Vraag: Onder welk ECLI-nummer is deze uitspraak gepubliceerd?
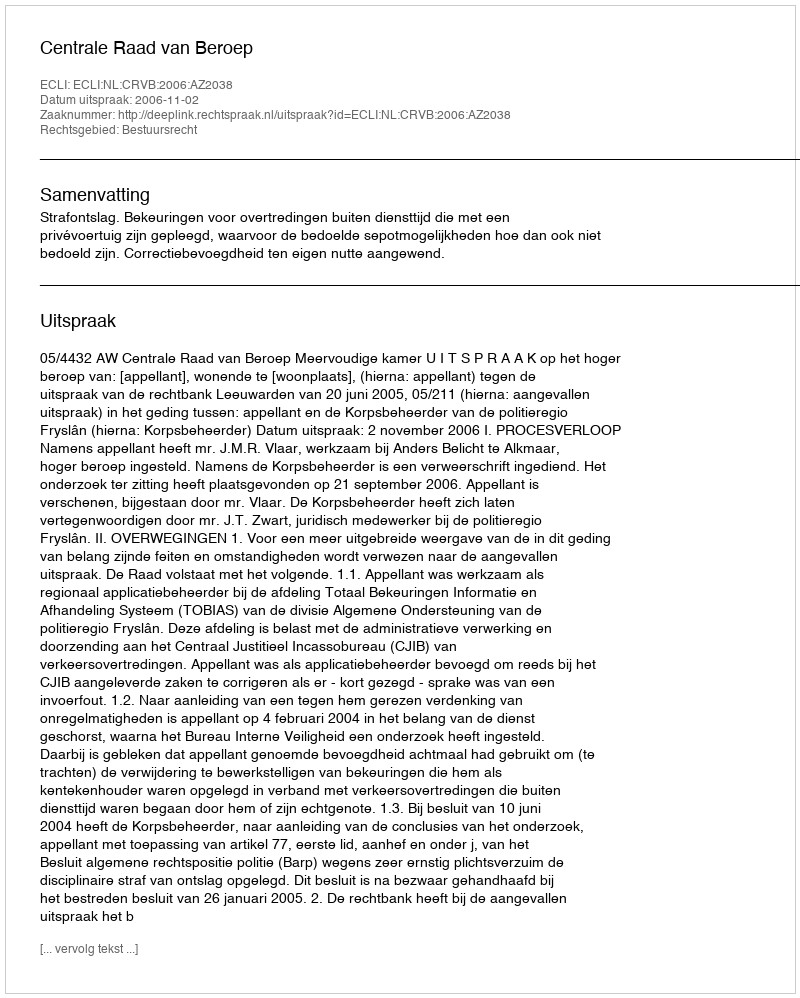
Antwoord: ECLI:NL:CRVB:2006:AZ2038